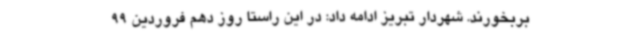
بربخورند. شهردار تبریز ادامه داد: در این راستا روز دهم فروردین 99